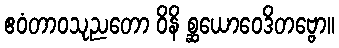
ဧဝံတာဝသုညတော ဝိနိ စ္ဆယောဝေဒိတဗ္ဗော။